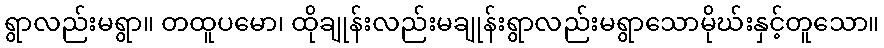
ရွာလည်းမရွာ။ တထူပမော၊ ထိုချုန်းလည်းမချုန်းရွာလည်းမရွာသောမိုဃ်းနှင့်တူသော။